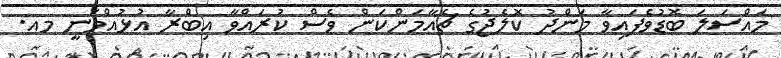
މައްސަލަ ބޮޑުވެފައިވާ މަންދު ކޮލެޖުގެ ޗެއާމަންކަން ވެސް ކުރައްވާ އިބްރާ އުޅުއްވަނީ މއ.